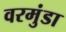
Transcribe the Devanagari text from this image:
वरमुंडा